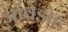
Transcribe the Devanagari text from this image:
आंबेडोह